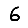
Digit: 6